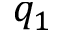
q _ { 1 }